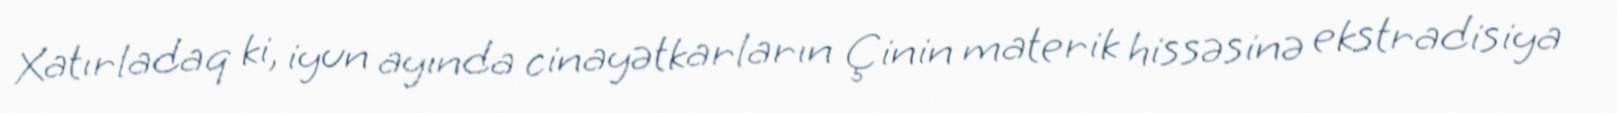
Xatırladaq ki, iyun ayında cinayətkarların Çinin materik hissəsinə ekstradisiya